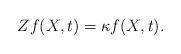
LaTeX: \begin{align*}Zf(X,t) = \kappa f(X,t).\end{align*}